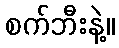
စက်ဘီးနဲ့။